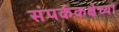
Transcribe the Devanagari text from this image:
संपर्ककक्षेच्या